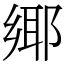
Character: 鄊